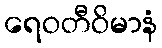
ရေဝတီဝိမာနံ